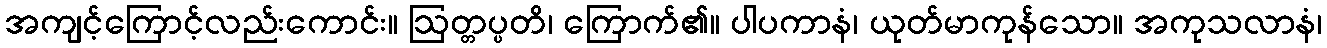
အကျင့်ကြောင့်လည်းကောင်း။ ဩတ္တပ္ပတိ၊ ကြောက်၏။ ပါပကာနံ၊ ယုတ်မာကုန်သော။ အကုသလာနံ၊